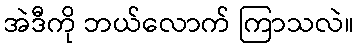
အဲဒီကို ဘယ်လောက် ကြာသလဲ။